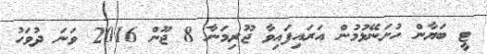
ޓީ ބަޔާން ހުށަނޭޅުމުން އަރައިފައިވާ ޖޫރިމަނާ 8 ޖޫން 2016 ވަނަ ދުވަހު